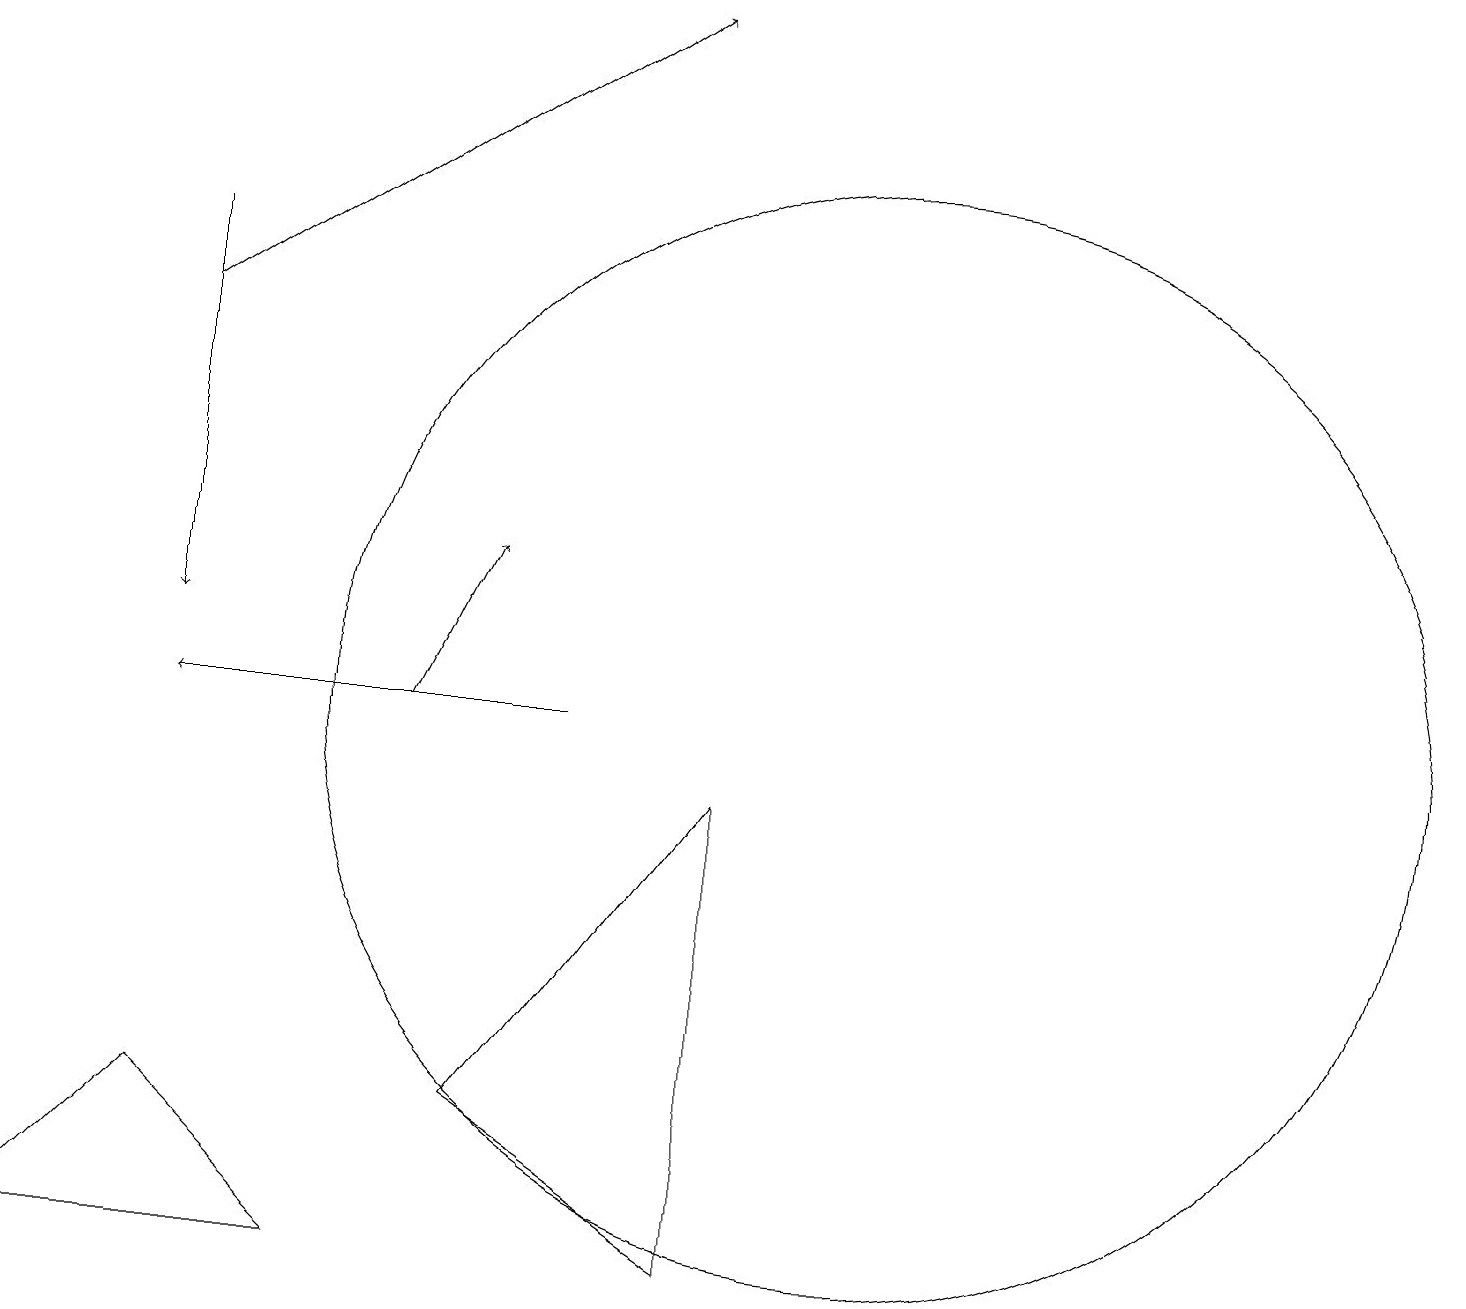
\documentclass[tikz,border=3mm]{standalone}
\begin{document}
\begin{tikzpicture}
\draw[->] (7,10) -- (2,10);
\draw (6,5) -- (9,3) -- (9,9) -- cycle;
\draw (11,10) circle (7);
\draw[->] (5,10) -- (6,12);
\draw[->] (2,15) -- (8,19);
\draw (4,3) -- (0,3) -- (2,5) -- cycle;
\draw[->] (2,16) -- (2,11);
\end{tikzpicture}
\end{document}